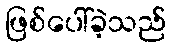
ဖြစ်ပေါ်ခဲ့သည်